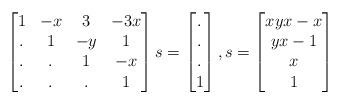
LaTeX: \begin{align*}\begin{bmatrix}1 & -x & 3 & -3x \\. & 1 & -y & 1 \\. & . & 1 & -x \\. & . & . & 1 \end{bmatrix}s =\begin{bmatrix}. \\ . \\ . \\ 1 \end{bmatrix},s =\begin{bmatrix}xyx - x \\yx - 1 \\x \\1\end{bmatrix}\end{align*}